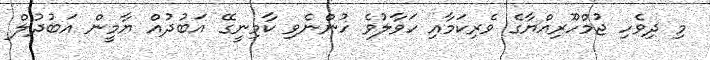
މި ދިވެހި ޖުމްހޫރިއްޔާގެ ވެރިކަމާއި ހަވާލުވެ ހުންނެވި ކާމިނީގޭ އަބުދުއް ޔާމީން އަބުދުލް